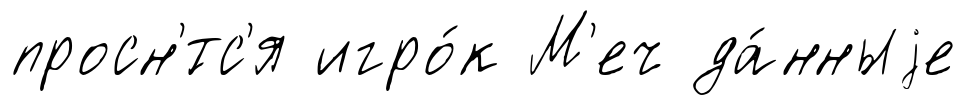
просн'́тс'я игро́к М'еч да́нныjе